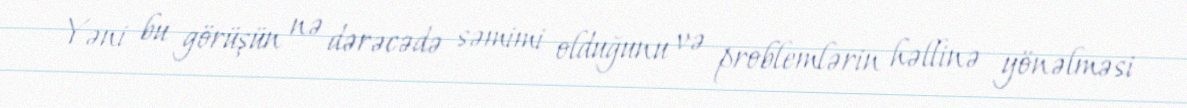
Yəni bu görüşün nə dərəcədə səmimi olduğunu və problemlərin həllinə yönəlməsi